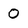
Character: O